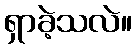
ရှာခဲ့သလဲ။